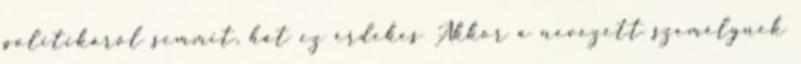
politikáról semmit, hát ez érdekes Akkor a nevezett személynek